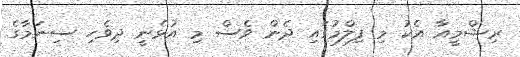
ރިޝްމީއާ އެކު މި ފިލްމުގައި ދެން ވެސް މި އުޅެނީ ދިވެހި ސިނަމާގެ